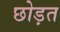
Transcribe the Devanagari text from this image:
छोड़त